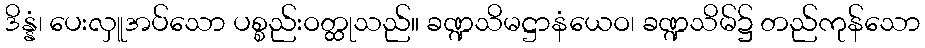
ဒိန္နံ၊ ပေးလှူအပ်သော ပစ္စည်းဝတ္ထုသည်။ ခဏ္ဍသိမဋ္ဌာနံယေဝ၊ ခဏ္ဍသိမ်၌ တည်ကုန်သော